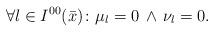
LaTeX: \begin{align*}\forall l\in I^{00}(\bar x)\colon\mu_l=0\,\land\,\nu_l=0.\end{align*}